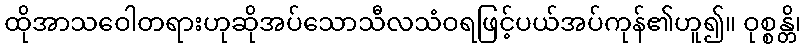
ထိုအာသဝေါတရားဟုဆိုအပ်သောသီလသံဝရဖြင့်ပယ်အပ်ကုန်၏ဟူ၍။ ဝုစ္စန္တိ၊